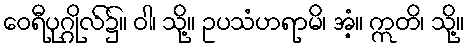
ဝေရီပုဂ္ဂိုလ်၌။ ဝါ၊ သို့။ ဥပသံဟရာမိ၊ အံ့။ ဣတိ၊ သို့။